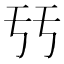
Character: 𠄥